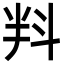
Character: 㪵